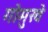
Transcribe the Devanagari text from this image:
गोमुखे